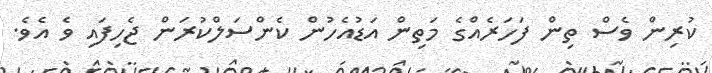
ކުރިން ވެސް ތިން ފަހަރެއްގެ މަތިން އަޑުއެހުން ކެންސަލްކުރަން ޖެހިފައި ވެ އެވެ.